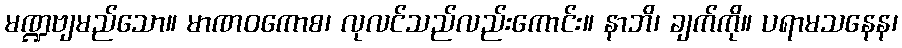
မဏ္ဍဗျမည်သော။ မာဏဝကောစ၊ လုလင်သည်လည်းကောင်း။ နာဘိ၊ ချက်ကို။ ပရာမသနေန၊